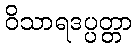
ဝိသာရဒပ္ပတ္တာ